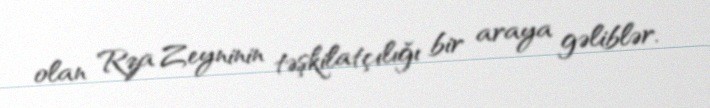
olan Rza Zeyninin təşkilatçılığı bir araya gəliblər.